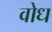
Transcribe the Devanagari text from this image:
वोध